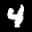
Label: 4